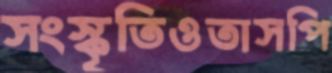
সংস্কৃতিওতাসপি